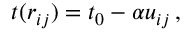
\begin{array} { r } { t ( r _ { i j } ) = t _ { 0 } - \alpha u _ { i j } \, , } \end{array}